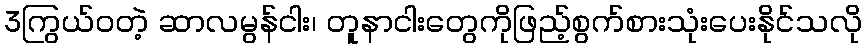
3ကြွယ်ဝတဲ့ ဆာလမွန်ငါး၊ တူနာငါးတွေကိုဖြည့်စွက်စားသုံးပေးနိုင်သလို